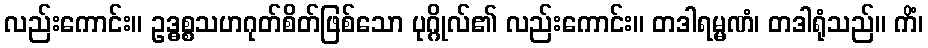
လည်းကောင်း။ ဥဒ္ဓစ္စသဟဂုတ်စိတ်ဖြစ်သော ပုဂ္ဂိုလ်၏ လည်းကောင်း။ တဒါရမ္မဏံ၊ တဒါရုံသည်။ ကိံ၊